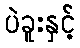
ပဲခူးနှင့်